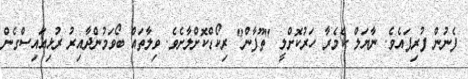
ފެނުން ފުރިފައެވެ. ނާޔަލް ކެމެރާ ހަރުކޮށްލީ "ތޫފާން" ރިކޯޑްކޮށްލާށެވެ. ވިލާތައް ބޯވަމުންދާއިރު ރުޅިއައިސްގެން